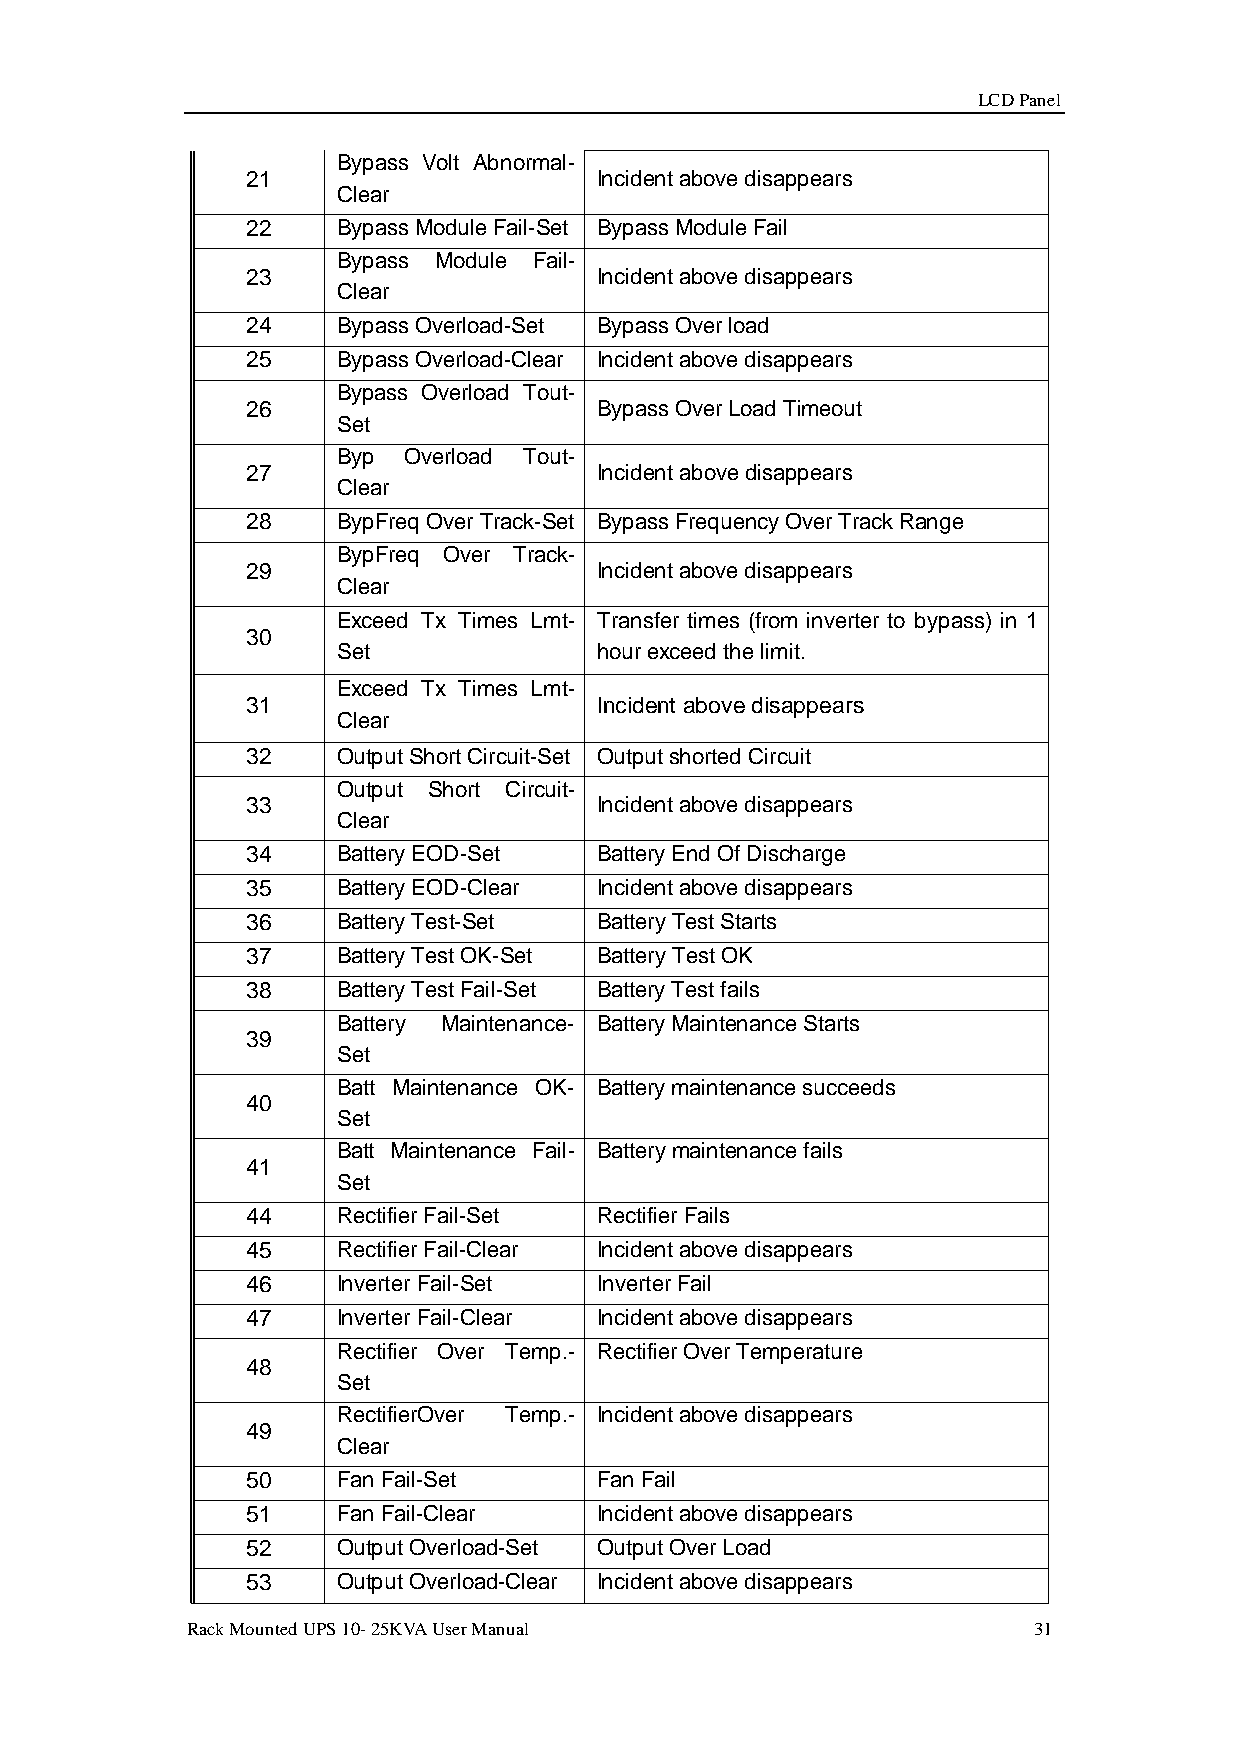
LCD Panel
 Bypass Volt Abnormal-
 21                      Incident above disappears
 Clear
 22    Bypass Module Fail-Set Bypass Module Fail
 Bypass Module Fail-
 23                      Incident above disappears
 Clear
 24    Bypass Overload-Set Bypass Over load
 25    Bypass Overload-Clear Incident above disappears
 Bypass Overload Tout-
 26                      Bypass Over Load Timeout
 Set
 Byp  Overload Tout-
 27                      Incident above disappears
 Clear
 28    BypFreq Over Track-Set Bypass Frequency Over Track Range
 BypFreq Over Track-
 29                      Incident above disappears
 Clear
 Exceed Tx Times Lmt- Transfer times (from inverter to bypass) in 1
 30
 Set               hour exceed the limit.
 Exceed Tx Times Lmt-
 31                      Incident above disappears
 Clear
 32    Output Short Circuit-Set Output shorted Circuit
 Output Short Circuit-
 33                      Incident above disappears
 Clear
 34    Battery EOD-Set   Battery End Of Discharge
 35    Battery EOD-Clear Incident above disappears
 36    Battery Test-Set  Battery Test Starts
 37    Battery Test OK-Set Battery Test OK
 38    Battery Test Fail-Set Battery Test fails
 Battery Maintenance- Battery Maintenance Starts
 39
 Set
 Batt Maintenance OK- Battery maintenance succeeds
 40
 Set
 Batt Maintenance Fail- Battery maintenance fails
 41
 Set
 44    Rectifier Fail-Set Rectifier Fails
 45    Rectifier Fail-Clear Incident above disappears
 46    Inverter Fail-Set Inverter Fail
 47    Inverter Fail-Clear Incident above disappears
 Rectifier Over Temp.- Rectifier Over Temperature
 48
 Set
 RectifierOver Temp.- Incident above disappears
 49
 Clear
 50    Fan Fail-Set      Fan Fail
 51    Fan Fail-Clear    Incident above disappears
 52    Output Overload-Set Output Over Load
 53    Output Overload-Clear Incident above disappears
 Rack Mounted UPS 10- 25KVA User Manual                  31